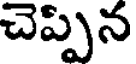
చెప్పిన